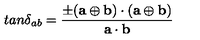
t a n \delta _ { a b } = { \frac { \pm ( { \bf a } \oplus { \bf b } ) \cdot ( { \bf a } \oplus { \bf b } ) } { { \bf a } \cdot { \bf b } } }